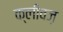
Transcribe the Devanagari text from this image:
क्लीवज़